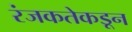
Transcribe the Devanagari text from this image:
रंजकतेकडून